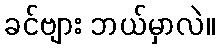
ခင်ဗျား ဘယ်မှာလဲ။